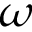
\omega